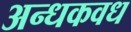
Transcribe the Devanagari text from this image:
अन्धकवध